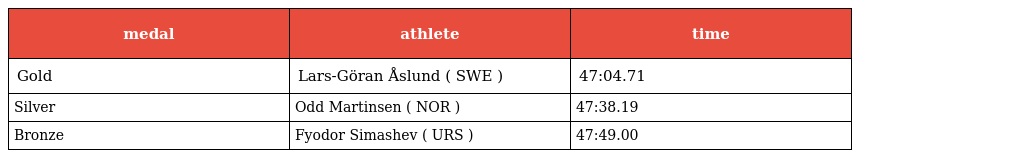
| medal | athlete | time |
 | --- | --- | --- |
 | Gold | Lars-Göran Åslund ( SWE ) | 47:04.71 |
 | Silver | Odd Martinsen ( NOR ) | 47:38.19 |
 | Bronze | Fyodor Simashev ( URS ) | 47:49.00 |